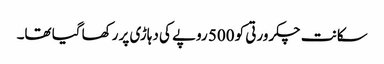
سکانت چکرورتی کو 500 روپے کی دہاڑی پر رکھا گیا تھا۔